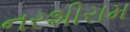
નરશીરામ